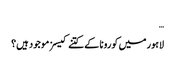
…
لاہور میں کورونا کے کتنے کیسز موجود ہیں؟